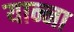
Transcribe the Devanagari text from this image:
यान्ना